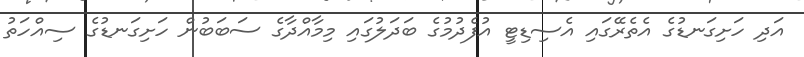
އަދި ހަށިގަނޑުގެ އެތެރޭގައި އެސިޑިޓީ އުފެދުމުގެ ބަދަލުގައި މިމާއްދާގެ ސަބަބުން ހަށިގަނޑުގެ ސިއްހަތު